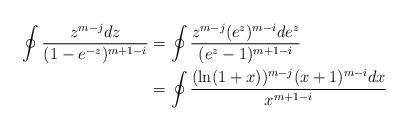
LaTeX: \begin{align*}\oint \frac{z^{m-j}dz}{(1-e^{-z})^{m+1-i}} &= \oint \frac{z^{m-j}(e^z)^{m-i}de^z}{(e^z-1)^{m+1-i}} \\ &= \oint \frac{(\ln(1+x))^{m-j}(x+1)^{m-i}dx}{x^{m+1-i}}\end{align*}